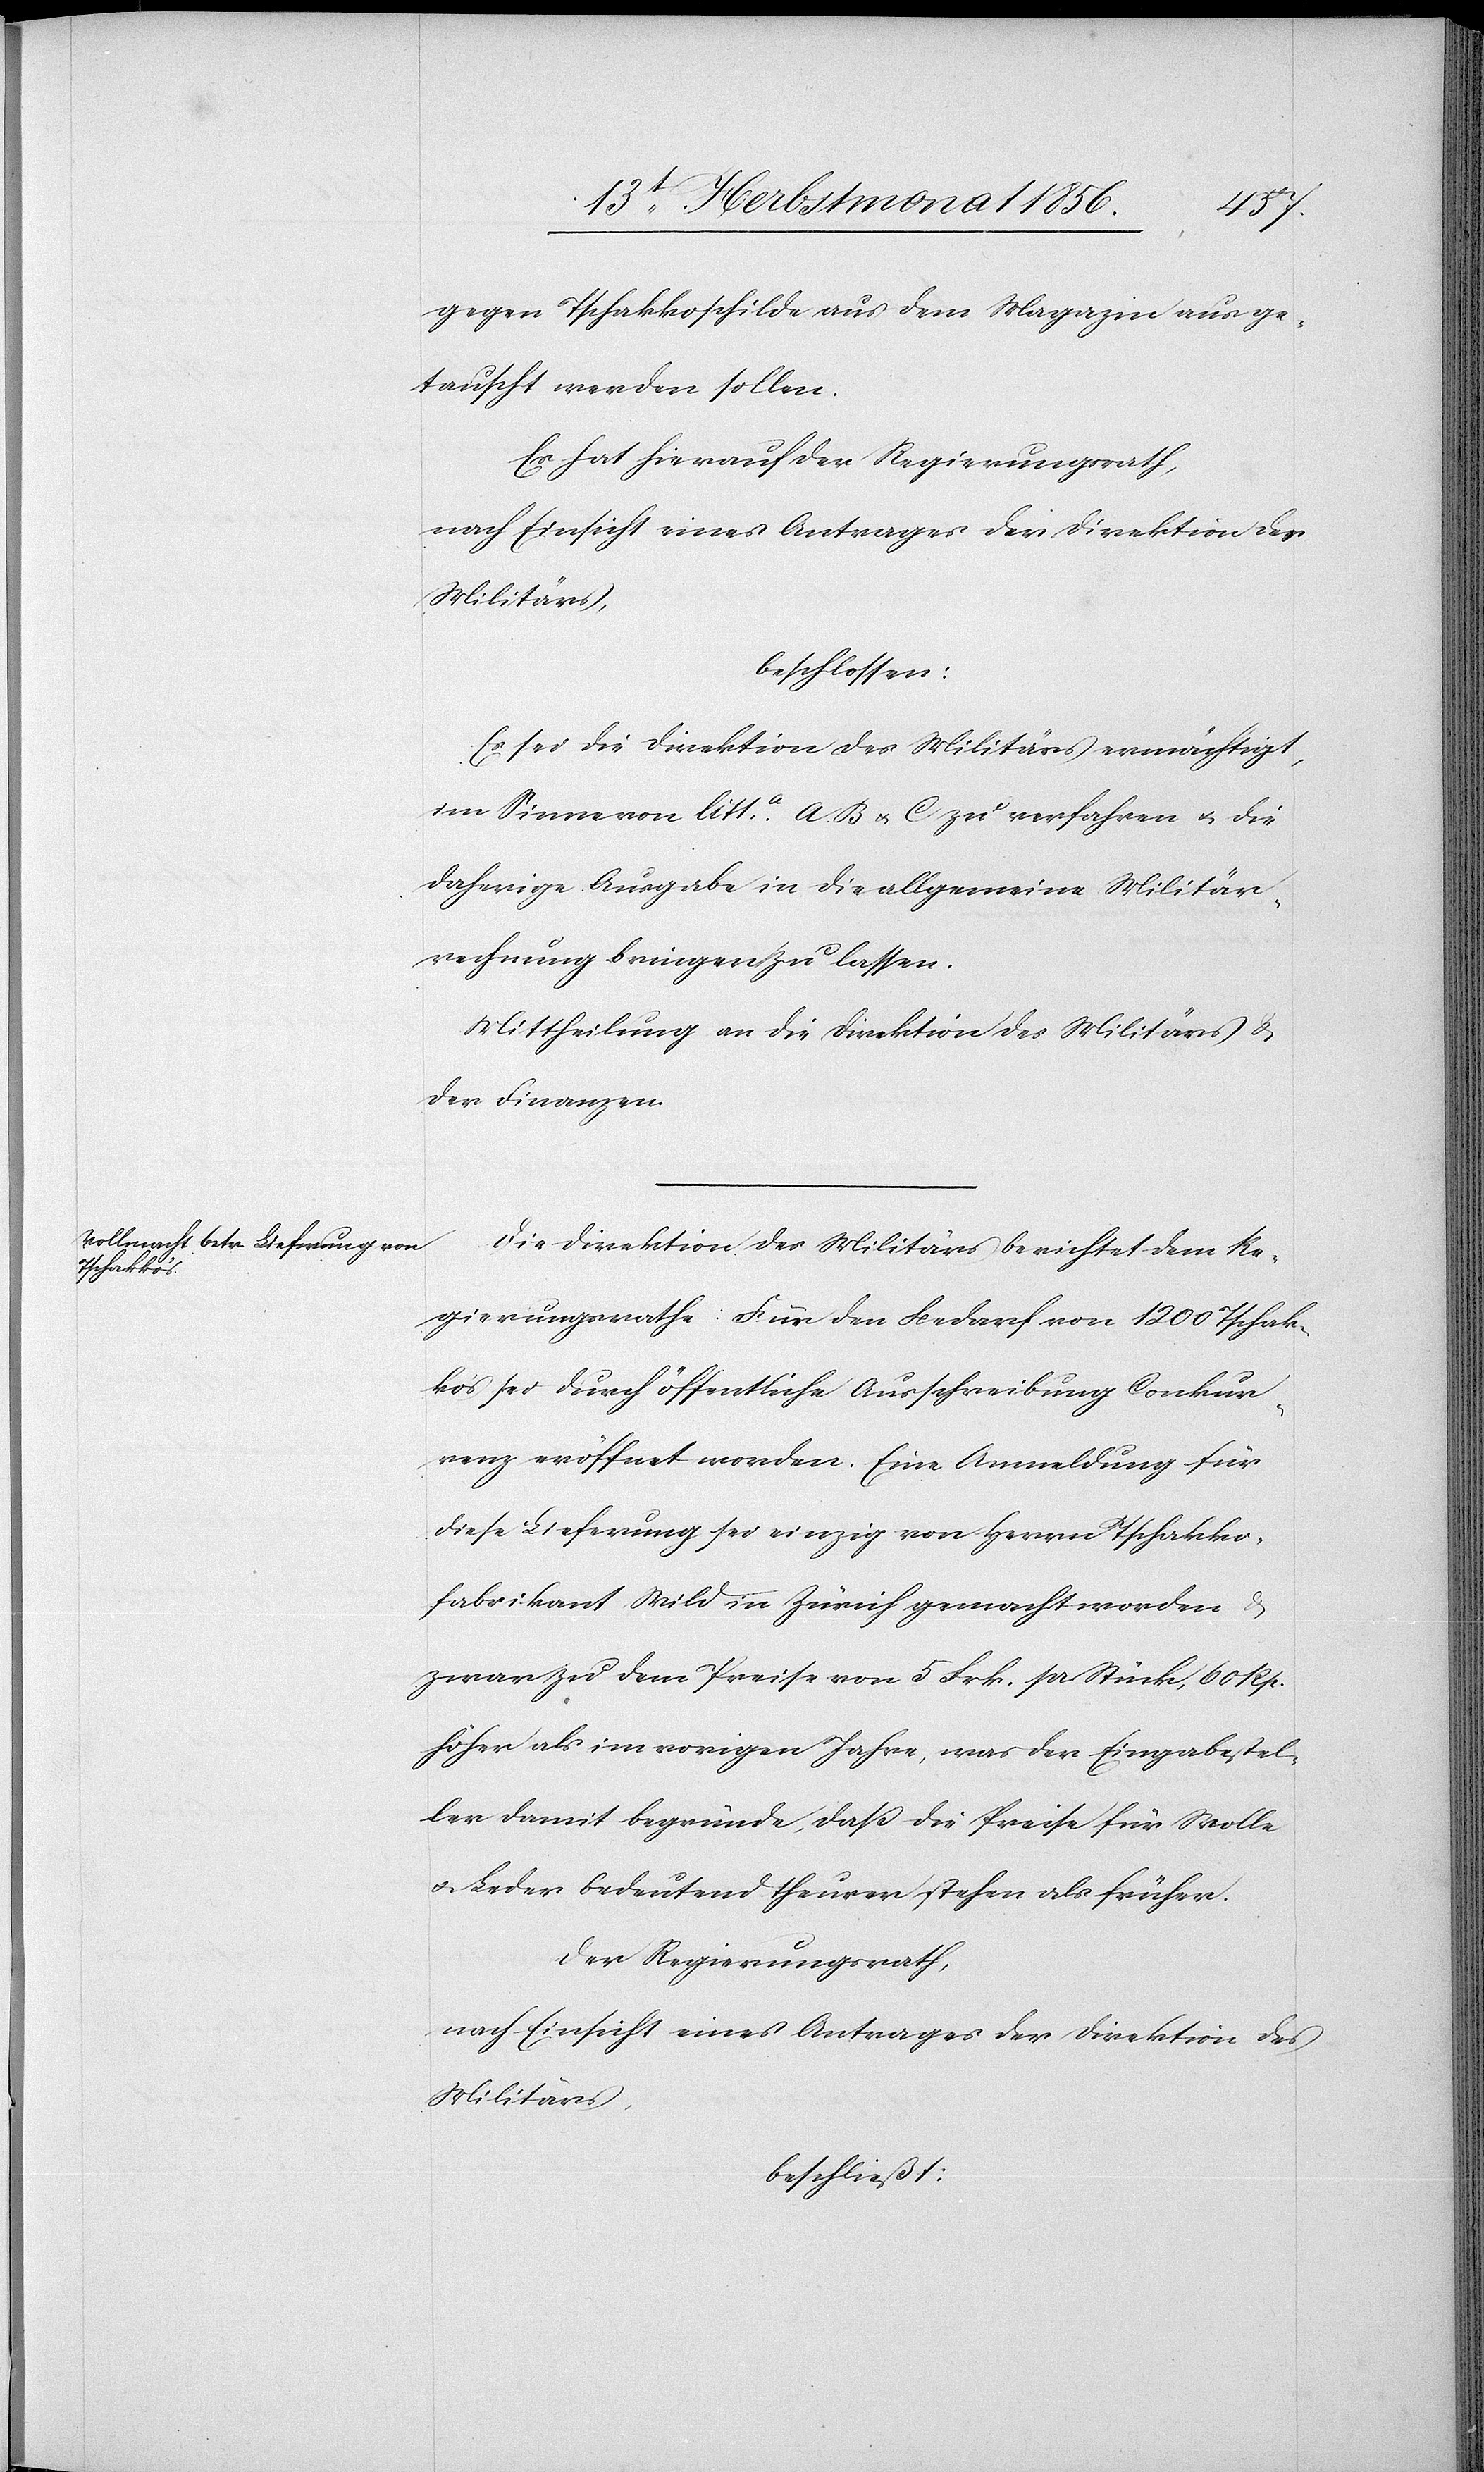
gegen Tschakkoschilde aus dem Magazin ausge¬
tauscht werden sollen.
Es hat hierauf der Regierungsrath,
Militärs,
beschlossen:
Es sei die Direktion des Militärs ermächtigt,
im Sinne von litt.a A.[,] B u. C zu verfahren u. die
daherige Ausgabe in die allgemeine Militär¬
rechnung bringen zu lassen.
Mittheilung an die Direktion des Militärs &
der Finanzen.
Die Direktion des Militärs berichtet dem Re¬
gierungsrathe: Für den Bedarf von 1200 Tschak¬
ko's sei durch öffentliche Ausschreibung Conkur¬
renz eröffnet worden. Eine Anmeldung für
diese Lieferung sei einzig von Herrn Tschakko¬
fabrikant Wild in Zürich gemacht worden &
zwar zu dem Preise von 5 Frk. pr Stück, 60 Rp.
höher als im vorigen Jahre, was der Eingabestel¬
ler damit begründe, dass die Preise für Wolle
u. Leder bedeutend theurer stehen als früher.
Der Regierungsrath,
nach Einsicht eines Antrages der Direktion des
Militärs,
beschließt: